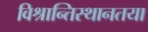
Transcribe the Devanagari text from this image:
विश्रान्तिस्थानतया